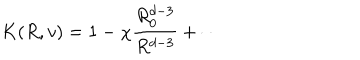
K ( R , v ) = 1 - \chi \frac { R _ { 0 } ^ { d - 3 } } { R ^ { d - 3 } } + \cdots